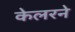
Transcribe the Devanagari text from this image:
केलरने